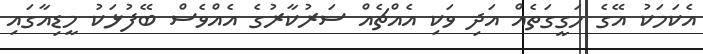
އެކަމަކު އޭގެ ހަގީގަތެއް އަދި ވަކި އެއްޗެއް ސަރުކާރުގެ އެއްވެސް ބޭފުޅަކު މީޑިއާގައި